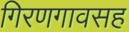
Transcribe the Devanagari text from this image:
गिरणगावसह